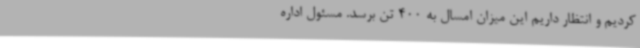
کردیم و انتظار داریم این میزان امسال به 400 تن برسد. مسئول اداره